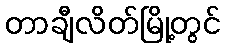
တာချီလိတ်မြို့တွင်